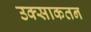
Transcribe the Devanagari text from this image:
उक्साकतन